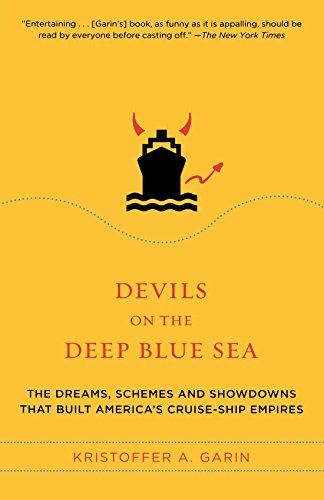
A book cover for Devils on the Deep Blue Sea: The Dreams, Schemes, and Showdowns That Built America's Cruise-Ship Empires; Kristoffer A. Garin; Engineering & Transportation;